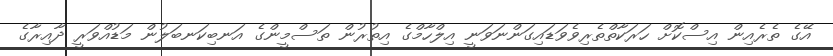
އޭގެ ތެރެއިން އިސްކޮށް ހަރަކާތްތެރިވެވަޑައިގަންނަވަނީ އިލްހާމްގެ އިތުރުން ތަސްމީންގެ އަނބިކަނބަލުން މަޑުއްވަރީ ދާއިރާގެ